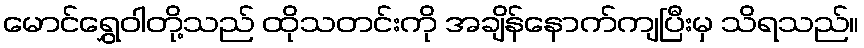
မောင်ရွှေဝါတို့သည် ထိုသတင်းကို အချိန်နောက်ကျပြီးမှ သိရသည်။